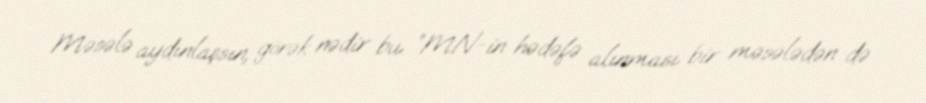
Məsələ aydınlaşsın, görək nədir bu...”MN-in hədəfə alınması bir məsələdən də